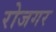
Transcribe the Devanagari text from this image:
रोजगर